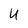
Character: U